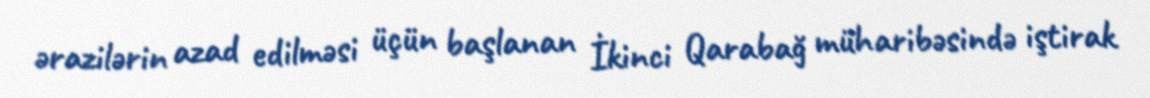
ərazilərin azad edilməsi üçün başlanan İkinci Qarabağ müharibəsində iştirak